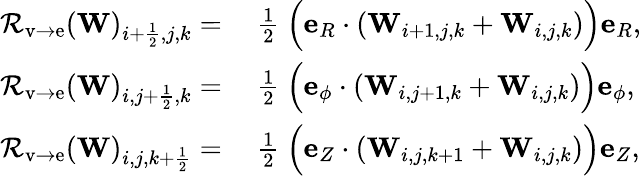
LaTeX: \begin{array}{rl}{{\mathcal{R}}_{\mathrm{v\rightarrow e}}(\mathbf{W})_{i+\frac{1}{2},j,k}=}&{{}~\frac{1}{2}~{\Big(}\mathbf{e}_{R}\cdot(\mathbf{W}_{i+1,j,k}+\mathbf{W}_{i,j,k}){\Big)}\mathbf{e}_{R},}\\ {{\mathcal{R}}_{\mathrm{v\rightarrow e}}(\mathbf{W})_{i,j+\frac{1}{2},k}=}&{{}~\frac{1}{2}~{\Big(}\mathbf{e}_{\phi}\cdot(\mathbf{W}_{i,j+1,k}+\mathbf{W}_{i,j,k}){\Big)}\mathbf{e}_{\phi},}\\ {{\mathcal{R}}_{\mathrm{v\rightarrow e}}(\mathbf{W})_{i,j,k+\frac{1}{2}}=}&{{}~\frac{1}{2}~{\Big(}\mathbf{e}_{Z}\cdot(\mathbf{W}_{i,j,k+1}+\mathbf{W}_{i,j,k}){\Big)}\mathbf{e}_{Z},}\end{array}